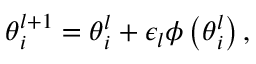
\begin{array} { r } { \boldsymbol { \theta } _ { i } ^ { l + 1 } = \boldsymbol { \theta } _ { i } ^ { l } + \epsilon _ { l } \boldsymbol { \phi } \left( \boldsymbol { \theta } _ { i } ^ { l } \right) , } \end{array}